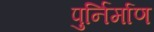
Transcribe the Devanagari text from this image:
पुर्निर्माण